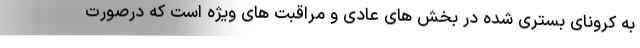
به کرونای بستری شده در بخش های عادی و مراقبت های ویژه است که درصورت